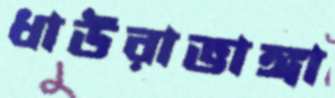
ধাউরাভাঙ্গা